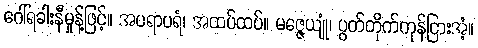
ဂေါ်ရခါးနီမှုန့်ဖြင့်။ အပရာပရံ၊ အထပ်ထပ်။ မဇ္ဇေယျုံ၊ ပွတ်တိုက်ကုန်ငြားအံ့။